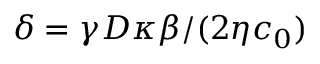
\delta = \gamma D \kappa \beta / ( 2 \eta c _ { 0 } )